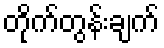
တိုက်တွန်းချက်